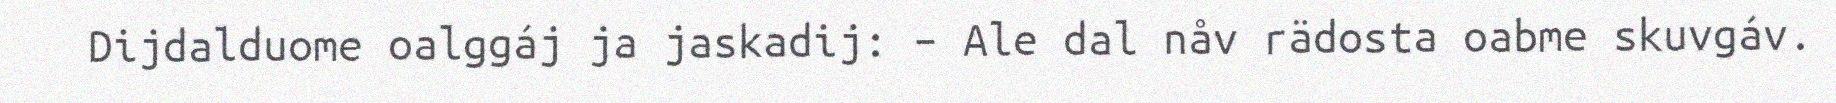
Dijdalduome oalggáj ja jaskadij: – Ale dal nåv rädosta oabme skuvgáv.